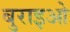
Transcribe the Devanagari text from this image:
बुराइओ